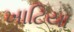
ખાટિયા